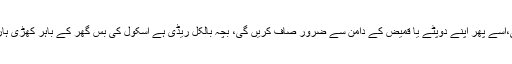
کچھ خواتین کبھی اپنے کام سے مطمئن نہیں ہوتیں، جیسے صاف ستھری پلیٹ اٹھائی،اسے پھر اپنے دوپٹے یا قمیض کے دامن سے ضرور صاف کریں گی، بچہ بالکل ریڈی ہے اسکول کی بس گھر کے باہر کھڑی ہارن بجارہی ہے، پھر بھی اسے روک کر ایک بار بالوں میں برش ضرور پھیریں گی۔